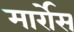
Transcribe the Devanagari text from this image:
मार्रोस